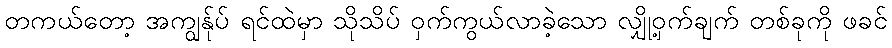
တကယ်တော့ အကျွန်ုပ် ရင်ထဲမှာ သိုသိပ် ဝှက်ကွယ်လာခဲ့သော လျှို့ဝှက်ချက် တစ်ခုကို ဖခင်